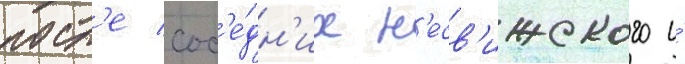
посл'е сос'е́дн'их н'есв'ижского и́